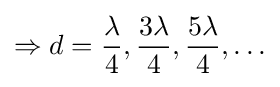
\Rightarrow d={\lambda  \over 4},{3\lambda  \over 4},{5\lambda  \over 4},\ldots